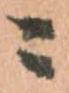
ニ